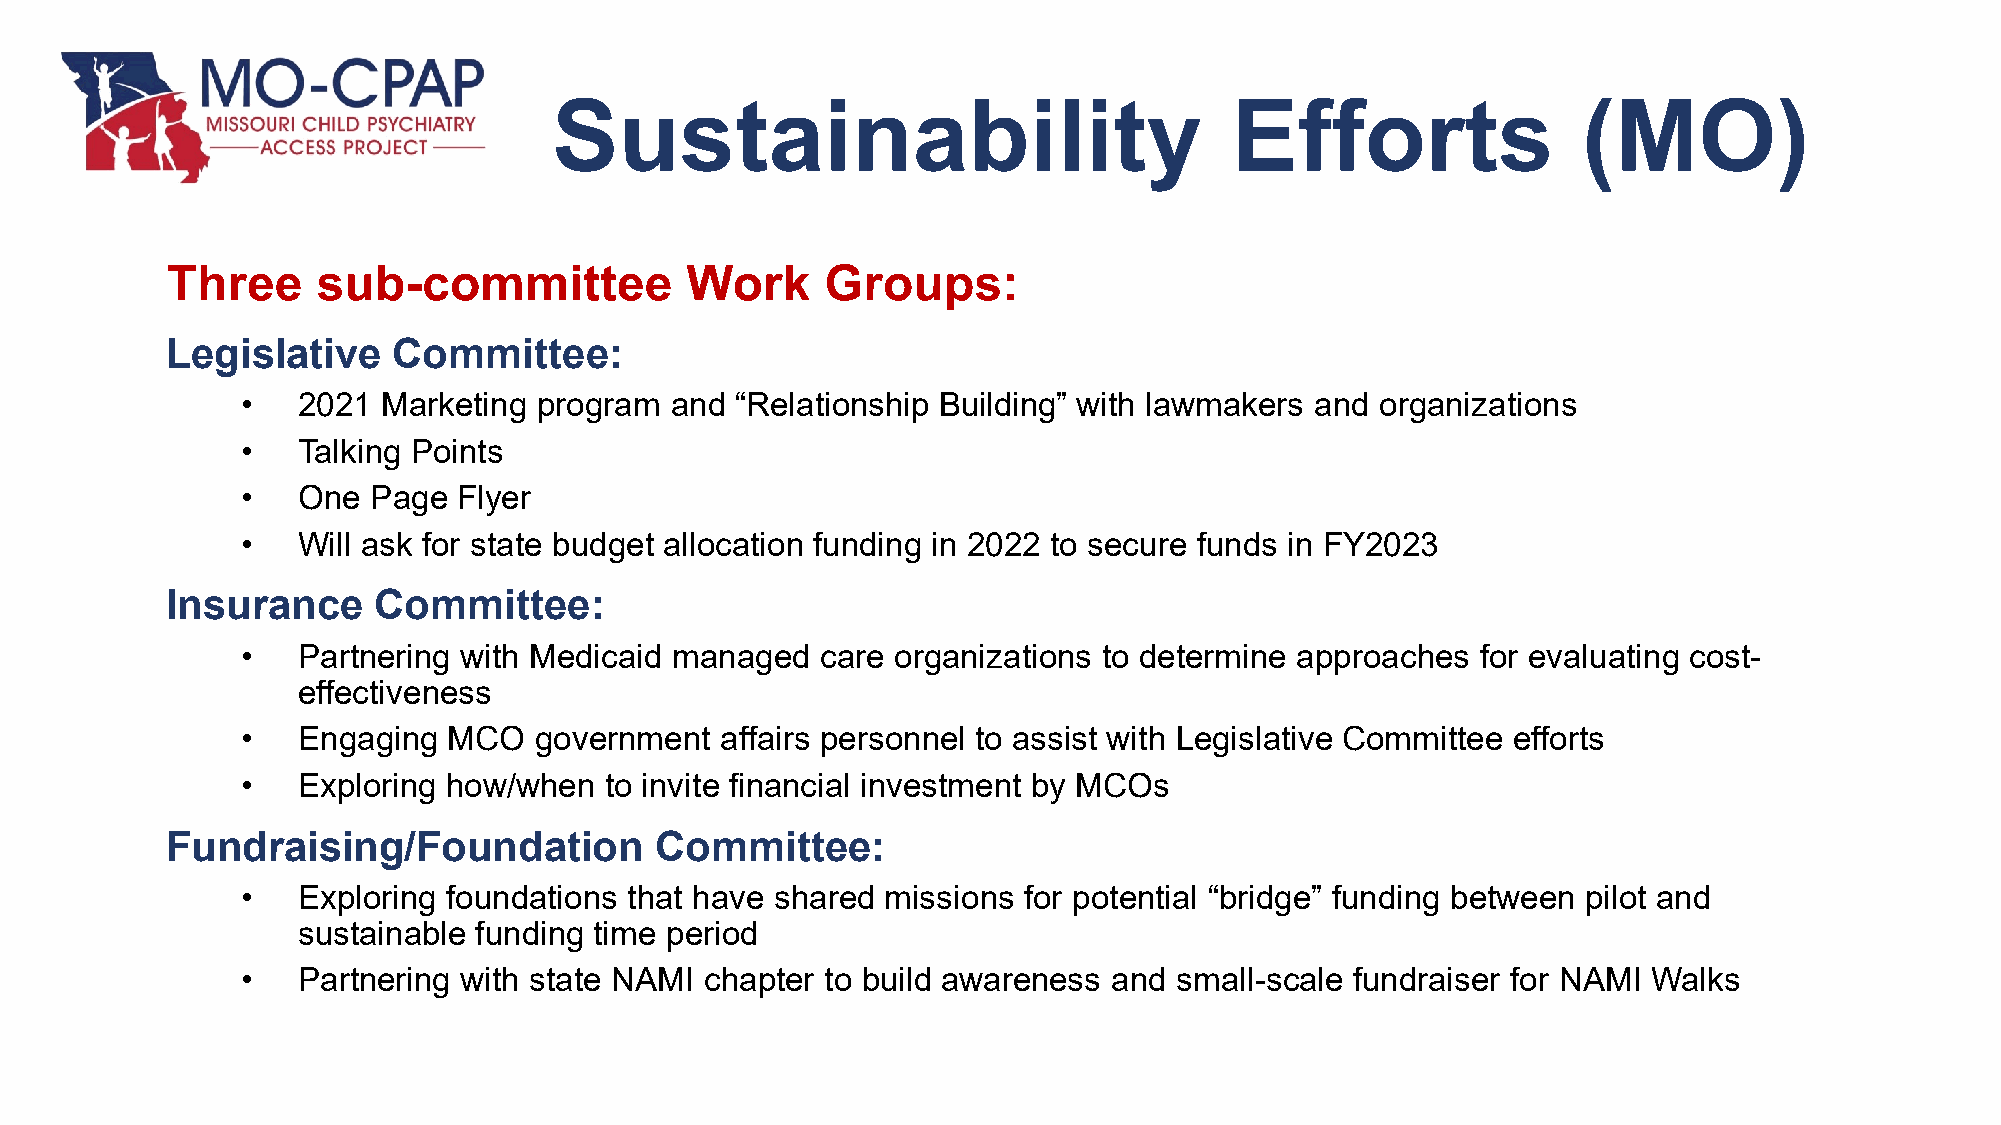
Sustainability                              Efforts                 (MO)
 Three     sub-committee           Work      Groups:
 Legislative    Committee:
 •   2021 Marketing  program and  “Relationship Building” with lawmakers and organizations
 •   Talking Points
 •   One  Page Flyer
 •   Will ask for state budget allocation funding in 2022 to secure funds in FY2023
 Insurance     Committee:
 •   Partnering with Medicaid managed  care organizations to determine approaches  for evaluating cost-
 effectiveness
 •   Engaging  MCO  government   affairs personnel to assist with Legislative Committee efforts
 •   Exploring how/when  to invite financial investment by MCOs
 Fundraising/Foundation          Committee:
 •   Exploring foundations that have shared missions for potential “bridge” funding between pilot and
 sustainable funding time period
 •   Partnering with state NAMI chapter to build awareness and small-scale fundraiser for NAMI Walks